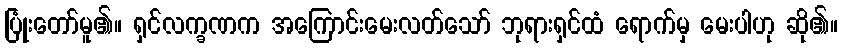
ပြုံးတော်မူ၏။ ရှင်လက္ခဏက အကြောင်းမေးလတ်သော် ဘုရားရှင်ထံ ရောက်မှ မေးပါဟု ဆို၏။